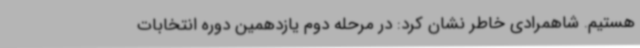
هستیم. شاهمرادی خاطر نشان کرد: در مرحله دوم یازدهمین دوره انتخابات